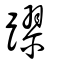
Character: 蹘